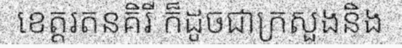
ខេត្តរតនគិរី ក៏ដូចជាក្រសួងនិង